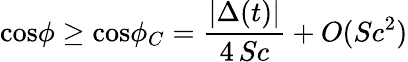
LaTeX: \mathrm{cos}\phi\ge\mathrm{cos}\phi_{C}={\frac{|\Delta(t)|}{4\, Sc}}+O(Sc^{2})